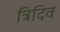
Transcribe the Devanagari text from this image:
त्रिदिव